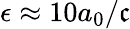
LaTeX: \epsilon\approx10a_{0}/\mathfrak{c}